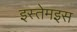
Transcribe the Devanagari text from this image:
इस्तेमइस